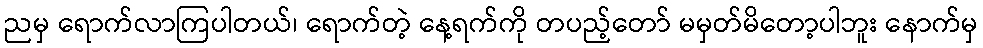
ညမှ ရောက်လာကြပါတယ်၊ ရောက်တဲ့ နေ့ရက်ကို တပည့်တော် မမှတ်မိတော့ပါဘူး နောက်မှ